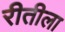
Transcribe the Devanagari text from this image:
रीतीला